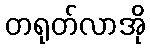
တရုတ်လာအို